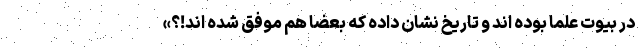
در بیوت علما بوده اند و تاریخ نشان داده که بعضا هم موفق شده اند!؟»